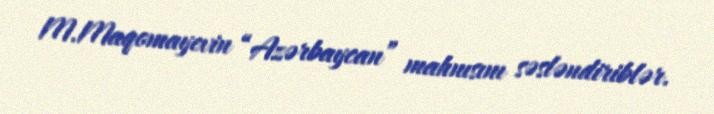
M.Maqomayevin “Azərbaycan” mahnısını səsləndiriblər.